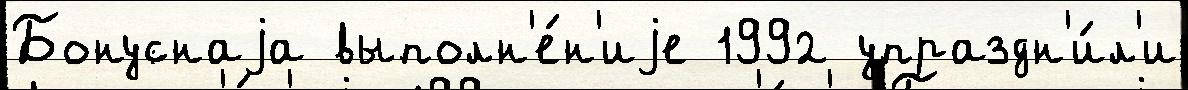
Бонуснаjа выполн'е́н'иjе 1992 упраздн'и́л'и